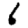
Digit: 6